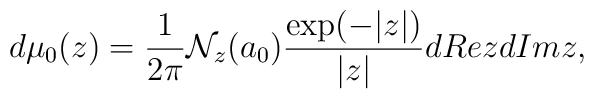
d\mu_0(z)={1\over 2\pi}{\cal N}_z(a_0){\exp (-|z|)\over |z|}d Re zd Im z,